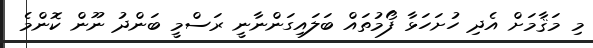
މި މަޤާމަށް އެދި ހުށަހަޅާ ފޯމުތައް ބަލައިގަންނާނީ ރަސްމީ ބަންދު ނޫން ކޮންމެ